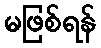
မဖြစ်ရန်